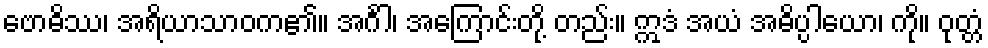
ဗောဓိဿ၊ အရိယာသာဝက၏။ အင်္ဂါ၊ အကြောင်းတို့ တည်း။ ဣဒံ အယံ အဓိပ္ပါယော၊ ကို။ ဝုတ္တံ